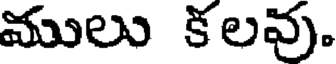
ములు కలవు.